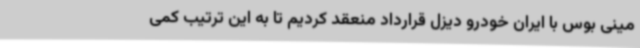
مینی بوس با ایران خودرو دیزل قرارداد منعقد کردیم تا به این ترتیب کمی